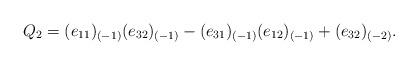
LaTeX: \begin{align*}Q_2=(e_{11})_{(-1)}(e_{32})_{(-1)}-(e_{31})_{(-1)}(e_{12})_{(-1)}+(e_{32})_{(-2)}.\end{align*}